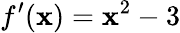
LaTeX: f^{\prime}(\mathbf{x})=\mathbf{x}^{2}-3